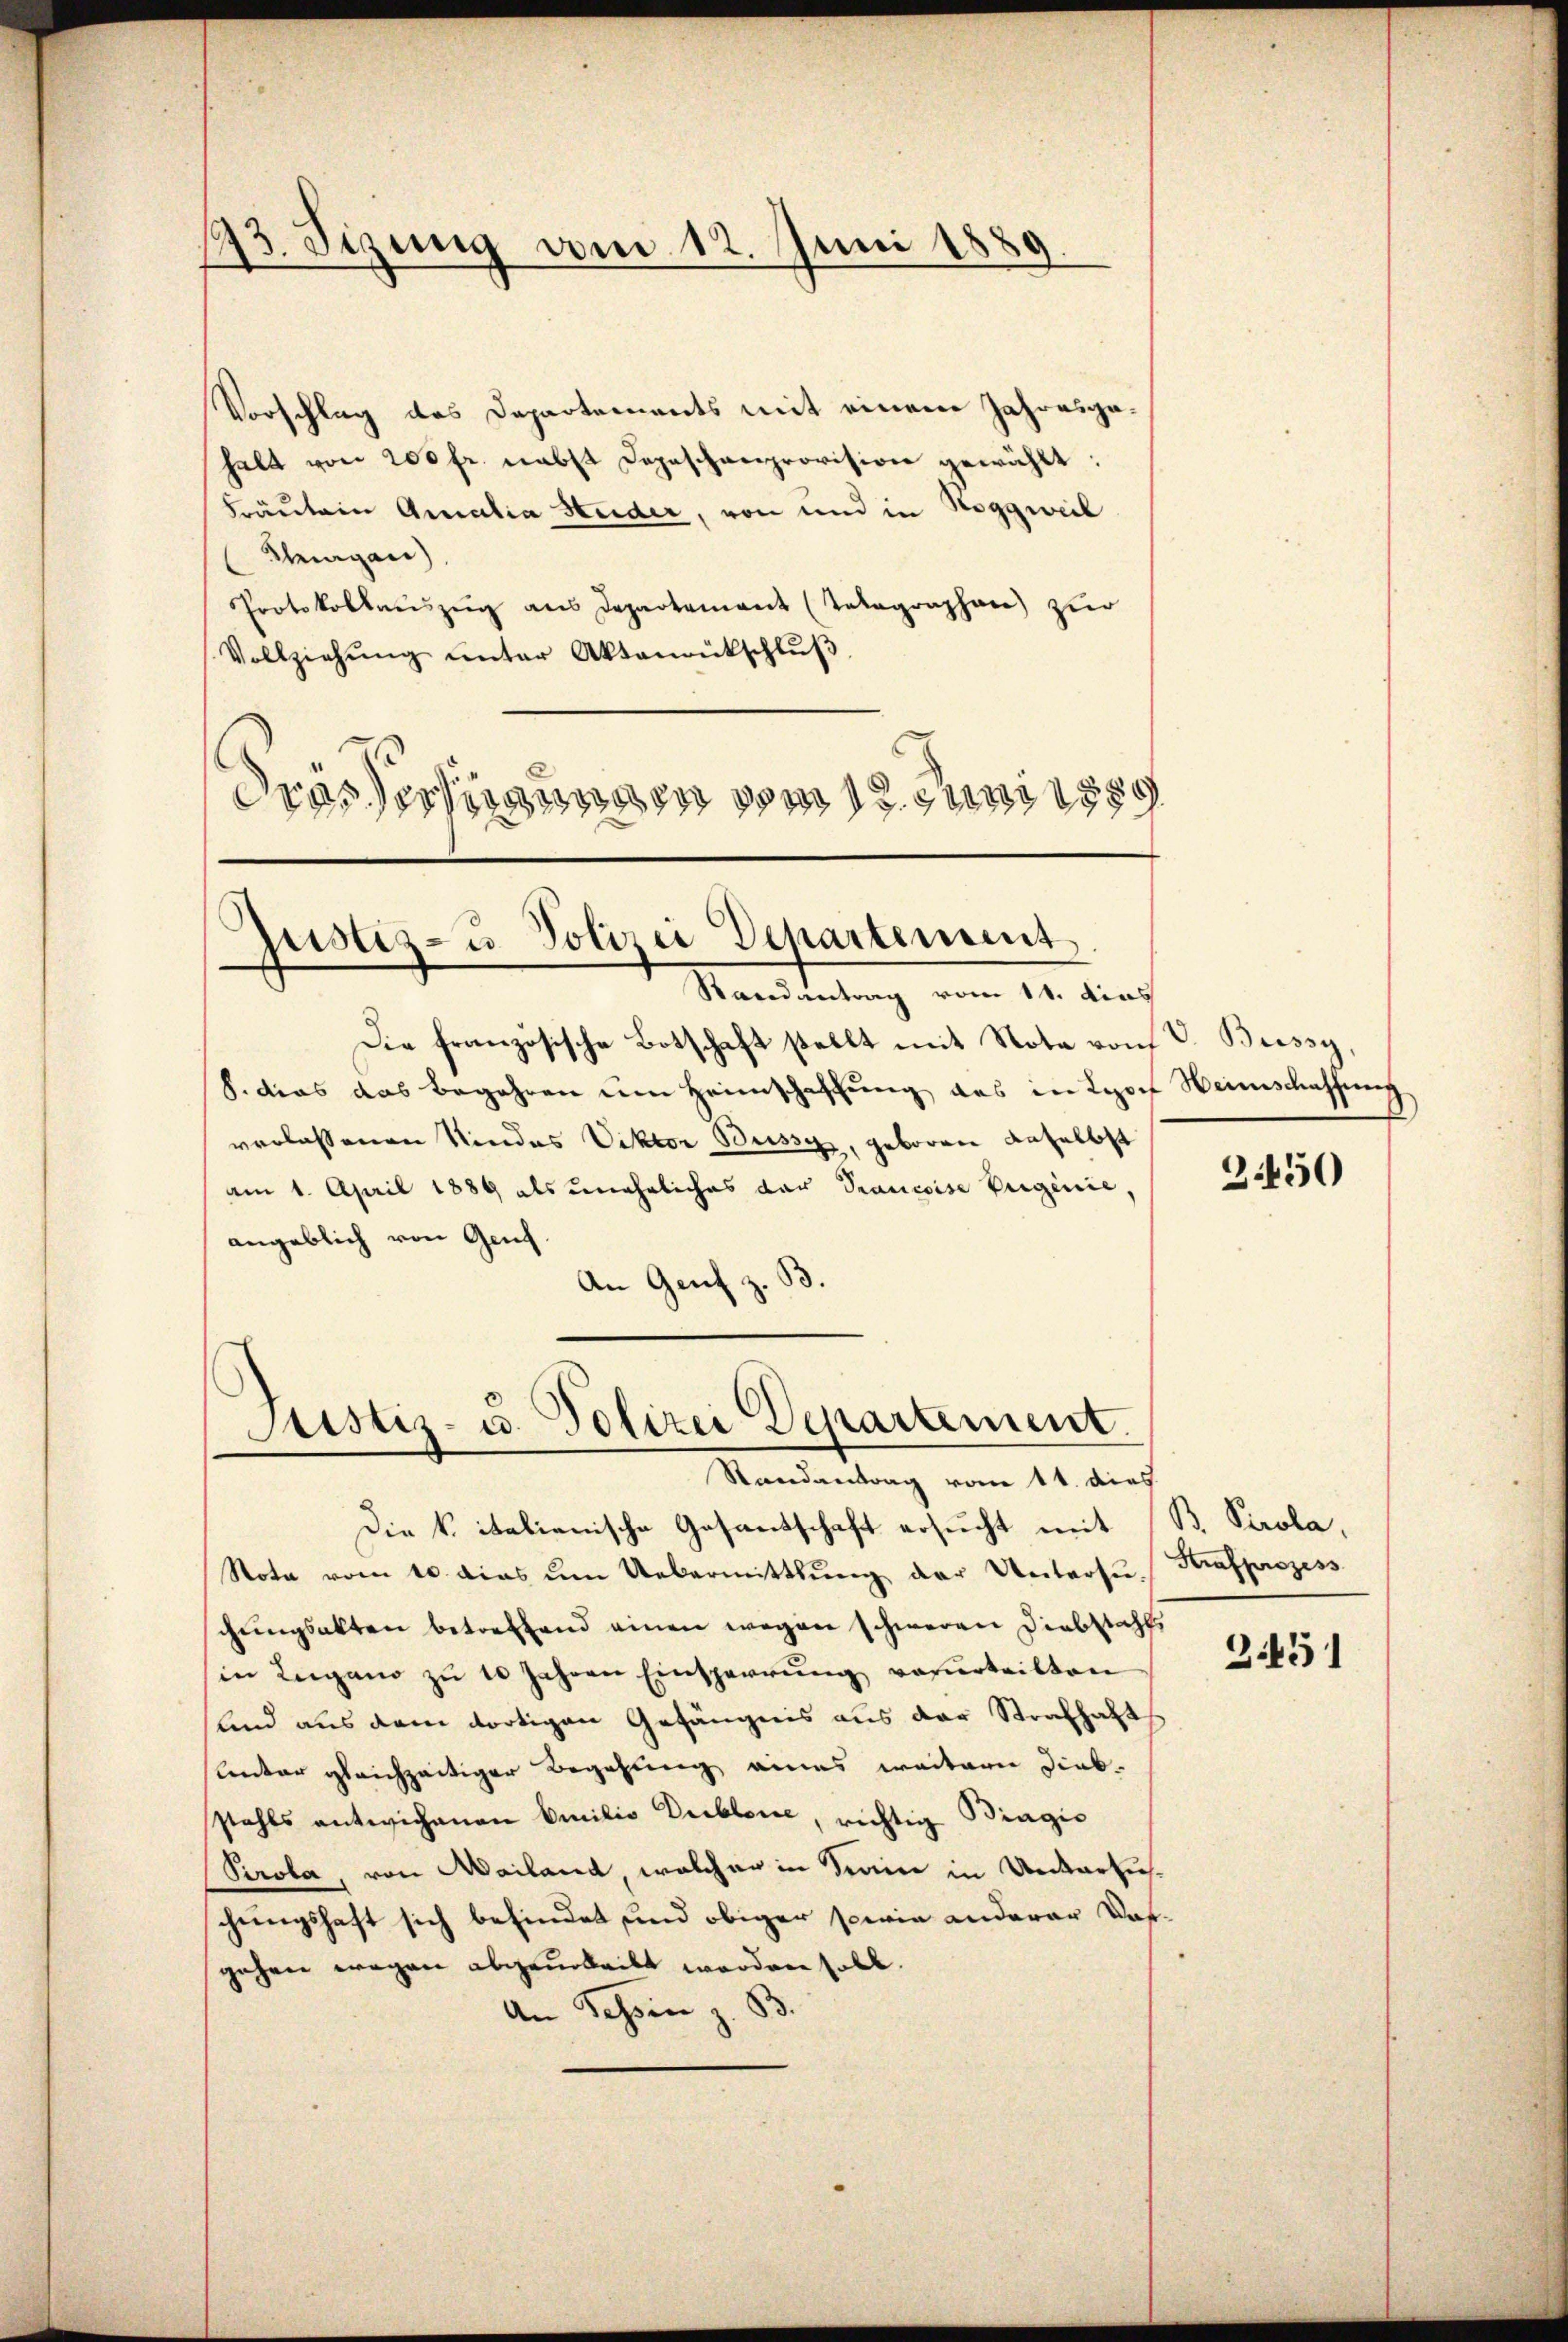
1493. Sizung vom 12. Juni 1889.

Vorschlag des Departements mit einem Jahresgahalt von 200 fr. nebst Depeschenprovision gewählt:
Fräulein Amalia Huder, von und in Roggweil
Thurgau)
Protokollauszug aus Departement (Telegraphen zŭr
Vollziehŭng ŭnter Aktenrütschlŭβ
drassertigungen vom 1. Juni 18

justiz- u Polizei Departement.
Randantrag vom 11. dies

Die französische Botschaft stellt mit Nota von V. Bussy,
S. dies das Begehren um Heimschaffŭng des in Lyon Heimschaffung
verlassenen Kindes Viktor Bussy, geboren daselbst
am 1. April 1889 als uneheliches der Prancoise Eigenie,
angeblich von Genf.
An Genf z. S

Justiz- u. Polizei Departement.
Randantrag vom 14. dies

Die k. italienische Gesandschaft ersucht mit B. Perola,
Note vom 10. dies ŭm Uebermittlŭng der Untersŭ- Krafprozess
chŭngsakten betreffend einen wegen schweren Diebstahl,
in Lugano zu 10 Jahren Einsperrŭng verurteilten
lnd aus dem dortigen Gefängnis aus der Strafhaft
Unter gleichzeitiger Begehung eines weitern Diebstahls antwichenen Emilio Dieblone, richtig Bragis
Perola, von Mailand welcher in Seine in Untersuchungshaft sich befindet und obiger sowie anderer Vorgehen wegen abgeurteilt worden soll.
An Schin z. B.

3.450

2451